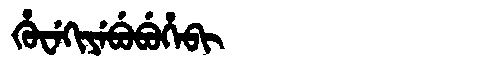
Manchu: ᡥᡠᠸᡝᡴᡳᠶᡝᠪᡠᠪᡠᡥᡝᠪᡳ
Romanization: HUWEKIYEBUBUHEBI